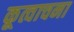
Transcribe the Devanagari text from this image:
कूत्वाचना